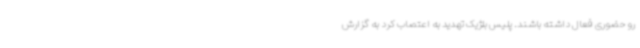
رو حضوری فعال داشته باشند. پلیس بلژیک تهدید به اعتصاب کرد به گزارش